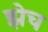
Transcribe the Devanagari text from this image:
झेच